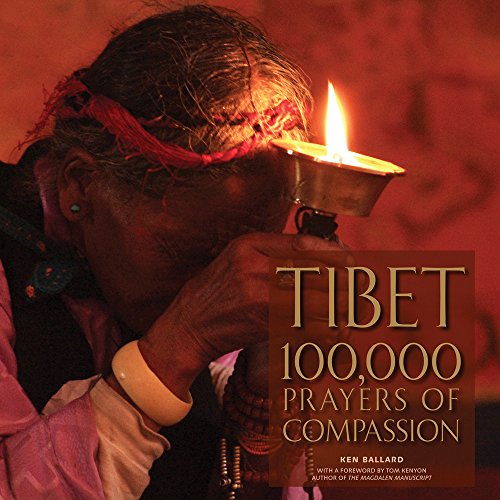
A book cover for Tibet: 100,000 Prayers of Compassion; Ken Ballard; Travel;